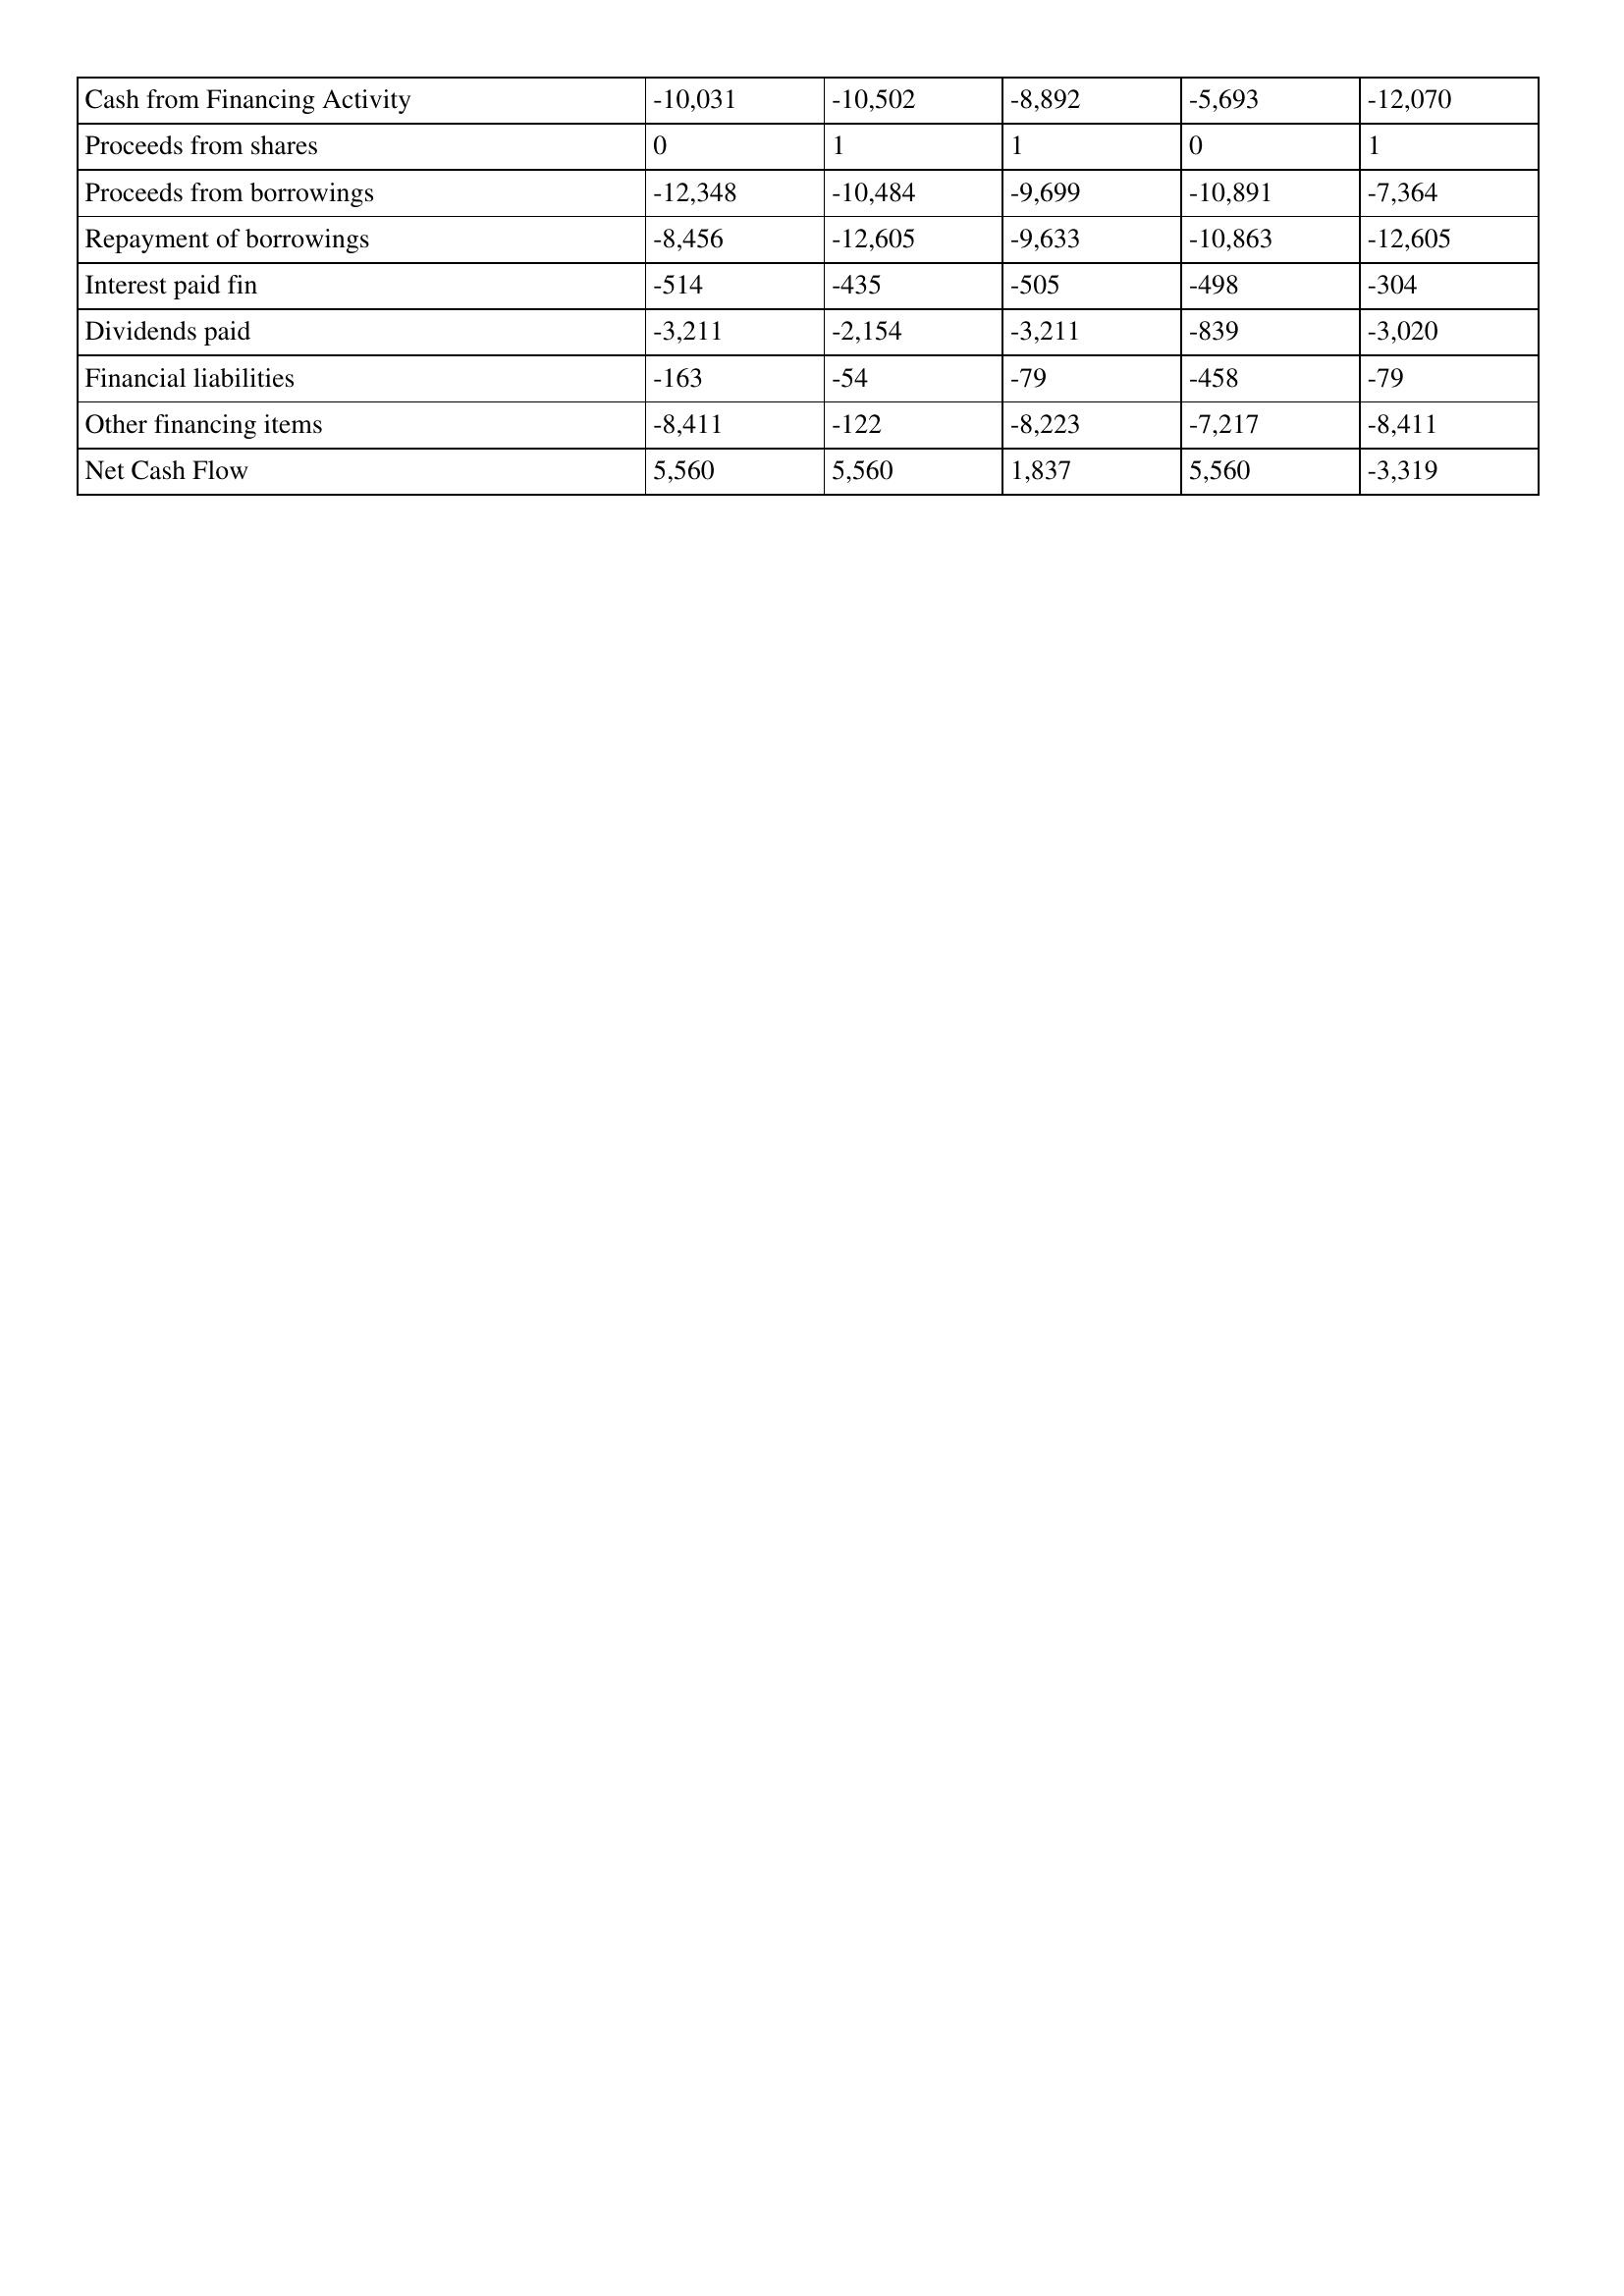
gt_parse: 2015: Cash Flows: Cash from Financing Activity: -10,031
Proceeds from shares: 0
Proceeds from borrowings: -12,348
Repayment of borrowings: -8,456
Interest paid fin: -514
Dividends paid: -3,211
Financial liabilities: -163
Other financing items: -8,411
Net Cash Flow: 5,560
2014: Cash Flows: Cash from Financing Activity: -10,502
Proceeds from shares: 1
Proceeds from borrowings: -10,484
Repayment of borrowings: -12,605
Interest paid fin: -435
Dividends paid: -2,154
Financial liabilities: -54
Other financing items: -122
Net Cash Flow: 5,560
2013: Cash Flows: Cash from Financing Activity: -8,892
Proceeds from shares: 1
Proceeds from borrowings: -9,699
Repayment of borrowings: -9,633
Interest paid fin: -505
Dividends paid: -3,211
Financial liabilities: -79
Other financing items: -8,223
Net Cash Flow: 1,837
2012: Cash Flows: Cash from Financing Activity: -5,693
Proceeds from shares: 0
Proceeds from borrowings: -10,891
Repayment of borrowings: -10,863
Interest paid fin: -498
Dividends paid: -839
Financial liabilities: -458
Other financing items: -7,217
Net Cash Flow: 5,560
2011: Cash Flows: Cash from Financing Activity: -12,070
Proceeds from shares: 1
Proceeds from borrowings: -7,364
Repayment of borrowings: -12,605
Interest paid fin: -304
Dividends paid: -3,020
Financial liabilities: -79
Other financing items: -8,411
Net Cash Flow: -3,319